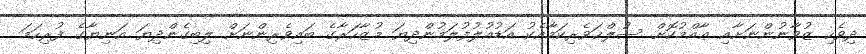
ދިވެހި ޒުވާނުންނަށާއި ޢާއްމުކޮށް ސުލްޙަވެރިކަމާއެކު އަޑުއުލުފުލަމުންދިޔަ މުޒާހަރާގެ ބައިވެރިންނަށް ލިބިގެންދިޔަ އަނިޔާގެ ފުރިހަމަ